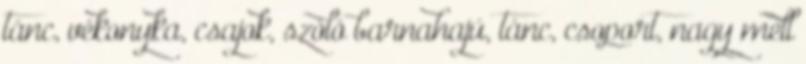
tánc, vékonyka, csajok, szóló barnahajú, tánc, csoport, nagy mell